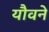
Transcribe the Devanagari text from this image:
यौवने